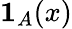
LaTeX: \mathbf{1}_{A}(x)